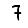
Digit: 7